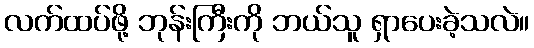
လက်ထပ်ဖို့ ဘုန်းကြီးကို ဘယ်သူ ရှာပေးခဲ့သလဲ။